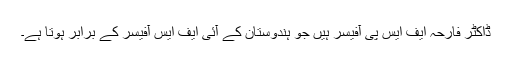
ڈاکٹر فارحہ ایف ایس پی آفیسر ہیں جو ہندوستان کے آئی ایف ایس آفیسر کے برابر ہوتا ہے۔